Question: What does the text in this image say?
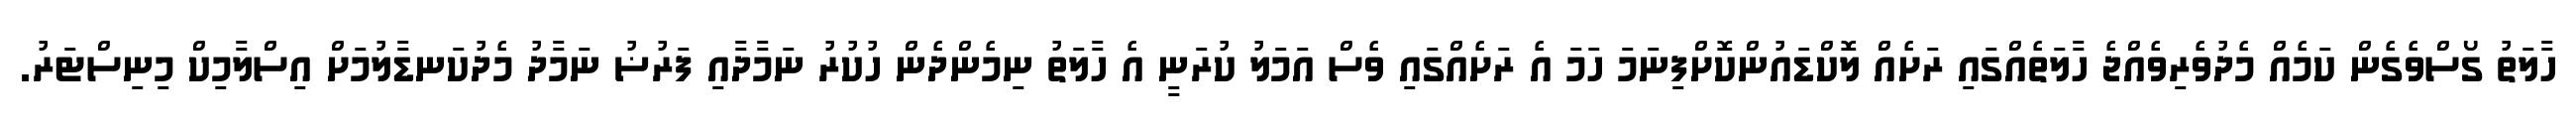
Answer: ހާލަތު ގޯސްވެގެން ކަމެއް މެދުވެރިވެއްޖެ ހާލަތެއްގައި ރަށެއް ލޮކްޑައުންކޮށްފިނަމަ ހަމަ އެ ރަށެއްގައި ވެސް އަމަލު ކުރަނީ އެ ހާލަތު ނިމެންދެން ހުކުރު ނަމާދާއި ފަރުޟު ނަމާދު މެދުކަނޑާލުމަށް އިސްލާމިކް މިނިސްޓަރު.